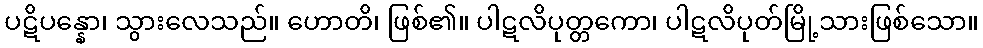
ပဋိပန္နော၊ သွားလေသည်။ ဟောတိ၊ ဖြစ်၏။ ပါဋလိပုတ္တကော၊ ပါဋလိပုတ်မြို့သားဖြစ်သော။